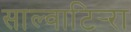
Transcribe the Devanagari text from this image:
साल्वाटिर्‍रा